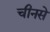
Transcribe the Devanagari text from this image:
चीनसे